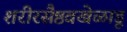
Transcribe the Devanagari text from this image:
शरीरसैष्ठवखेळाडू